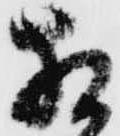
相